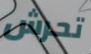
تحرش